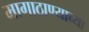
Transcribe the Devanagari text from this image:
मागाठाण्याच्या